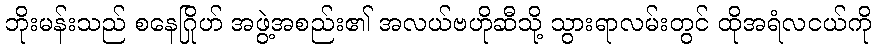
ဘိုးမန်းသည် စနေဂြိုဟ် အဖွဲ့အစည်း၏ အလယ်ဗဟိုဆီသို့ သွားရာလမ်းတွင် ထိုအရံလငယ်ကို